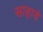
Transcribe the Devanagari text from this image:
साहावे